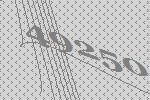
49250